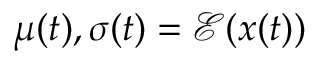
\boldsymbol { \mu } ( t ) , \boldsymbol { \sigma } ( t ) = \mathcal { E } ( \boldsymbol { x } ( t ) )